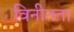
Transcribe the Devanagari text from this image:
विनीतता